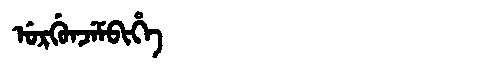
Manchu: ᡠᡵᡤᡠᠨᠵᡝᠮᠪᡳᡥᡝ
Romanization: URGUNJEMBIHE